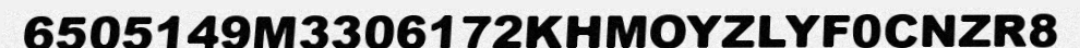
6505149M3306172KHMOYZLYF0CNZR8